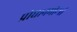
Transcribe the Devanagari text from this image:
प्रोधानमोन्त्री